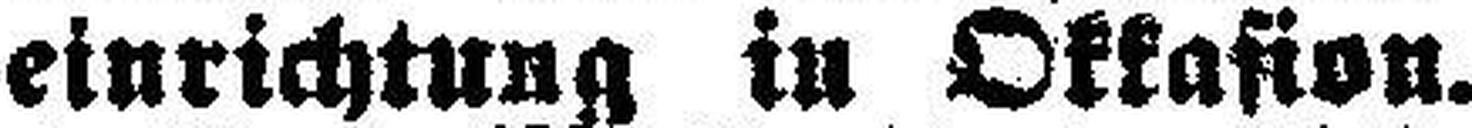
einrichtung in Okkasion.